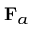
{ \bf F } _ { a }